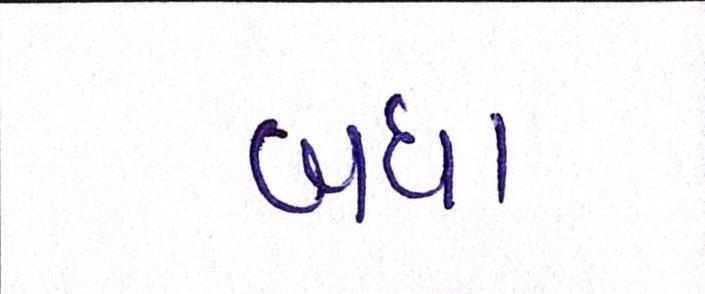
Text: બધા